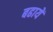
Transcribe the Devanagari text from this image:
बढायें